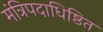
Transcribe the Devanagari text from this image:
मंत्रिपदाधिष्ठित